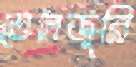
তেলজুরি